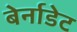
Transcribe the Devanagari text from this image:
बेर्नाडेट